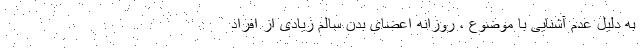
به دلیل عدم آشنایی با موضوع ، روزانه اعضای بدن سالم زیادی از افراد